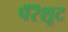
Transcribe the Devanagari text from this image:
पॅरॅशूट